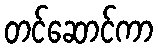
တင်ဆောင်ကာ